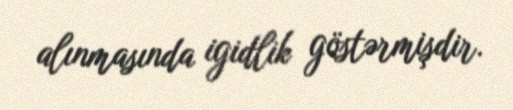
alınmasında igidlik göstərmişdir.